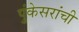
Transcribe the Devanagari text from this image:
पुंकेसरांची